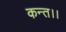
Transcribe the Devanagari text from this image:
कन्‍त।।